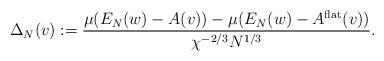
LaTeX: \begin{align*}\Delta_N(v):=\frac{\mu(E_N(w)-A(v))-\mu(E_N(w)-A^{\rm flat}(v))}{\chi^{-2/3} N^{1/3}}.\end{align*}